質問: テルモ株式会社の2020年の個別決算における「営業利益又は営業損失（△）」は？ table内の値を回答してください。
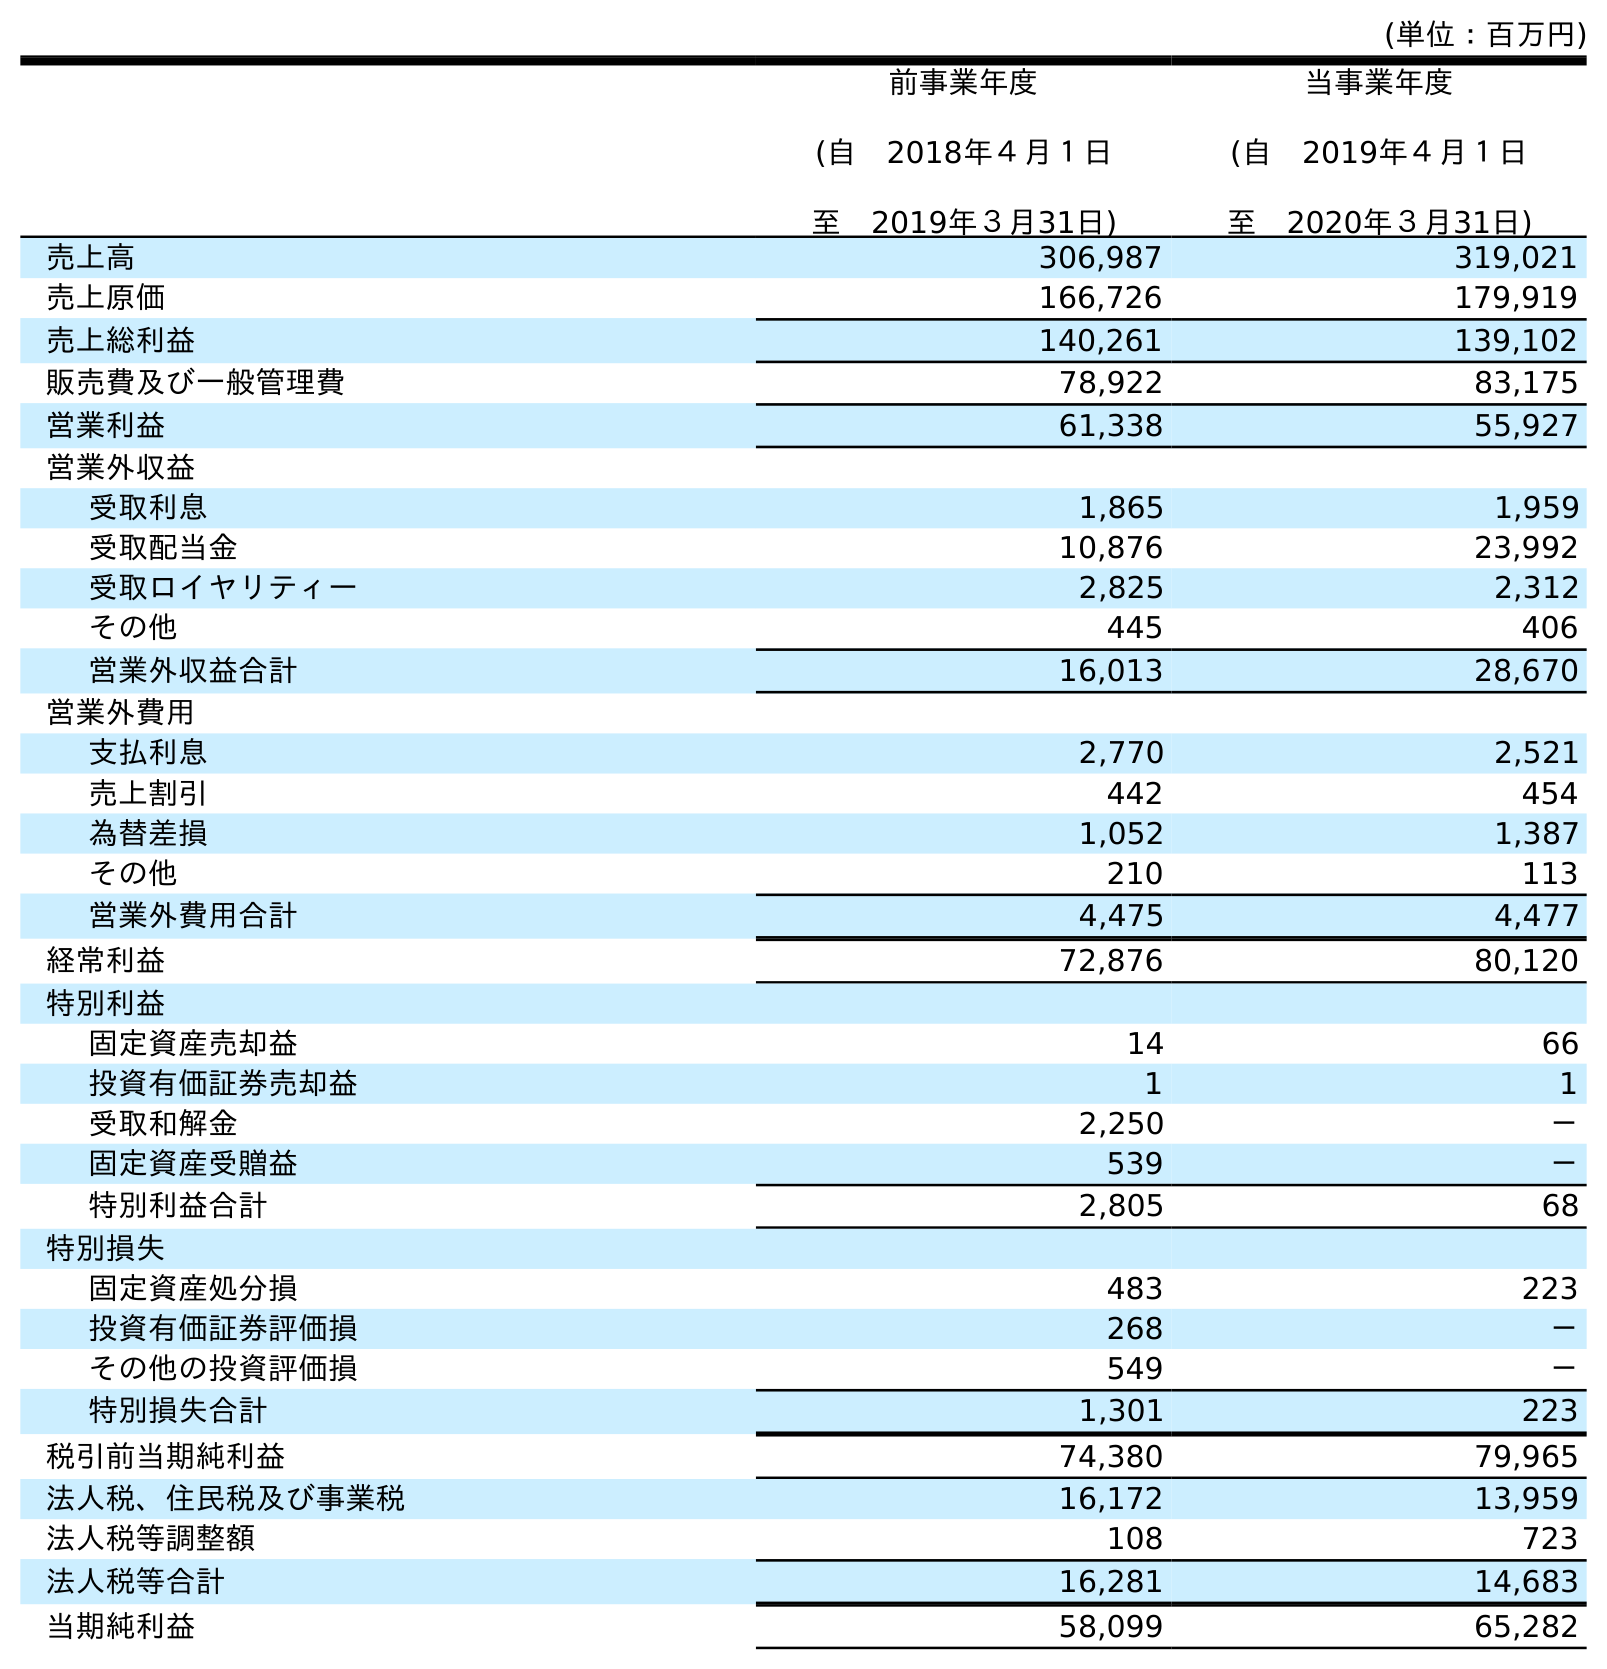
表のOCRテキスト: (単位：百万円) 前事業年度 (自 2018年４月１日 至 2019年３月31日) 当事業年度 (自 2019年４月１日 至 2020年３月31日) 売上高 306,987 319,021 売上原価 166,726 179,919 売上総利益 140,261 139,102 販売費及び一般管理費 78,922 83,175 営業利益 61,338 55,927 営業外収益 受取利息 1,865 1,959 受取配当金 10,876 23,992 受取ロイヤリティー 2,825 2,312 その他 445 406 営業外収益合計 16,013 28,670 営業外費用 支払利息 2,770 2,521 売上割引 442 454 為替差損 1,052 1,387 その他 210 113 営業外費用合計 4,475 4,477 経常利益 72,876 80,120 特別利益 固定資産売却益 14 66 投資有価証券売却益 1 1 受取和解金 2,250 － 固定資産受贈益 539 － 特別利益合計 2,805 68 特別損失 固定資産処分損 483 223 投資有価証券評価損 268 － その他の投資評価損 549 － 特別損失合計 1,301 223 税引前当期純利益 74,380 79,965 法人税、住民税及び事業税 16,172 13,959 法人税等調整額 108 723 法人税等合計 16,281 14,683 当期純利益 58,099 65,282
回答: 55,927